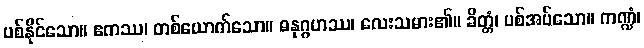
ပစ်နိုင်သော။ ဧကဿ၊ တစ်ယောက်သော။ ဓနုဂ္ဂဟဿ၊ လေးသမား၏။ ခိတ္တံ၊ ပစ်အပ်သော။ ကဏ္ဍံ၊